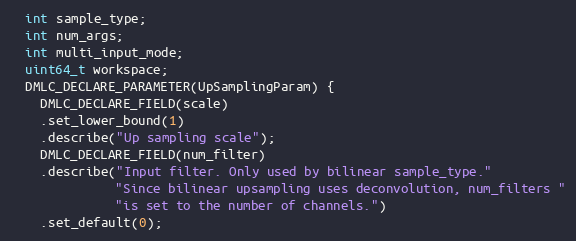
Language: C
  int sample_type;
  int num_args;
  int multi_input_mode;
  uint64_t workspace;
  DMLC_DECLARE_PARAMETER(UpSamplingParam) {
    DMLC_DECLARE_FIELD(scale)
    .set_lower_bound(1)
    .describe("Up sampling scale");
    DMLC_DECLARE_FIELD(num_filter)
    .describe("Input filter. Only used by bilinear sample_type."
              "Since bilinear upsampling uses deconvolution, num_filters "
              "is set to the number of channels.")
    .set_default(0);